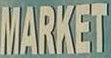
MARKET